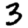
Digit: 3